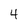
Character: 4